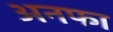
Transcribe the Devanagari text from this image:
अनफा